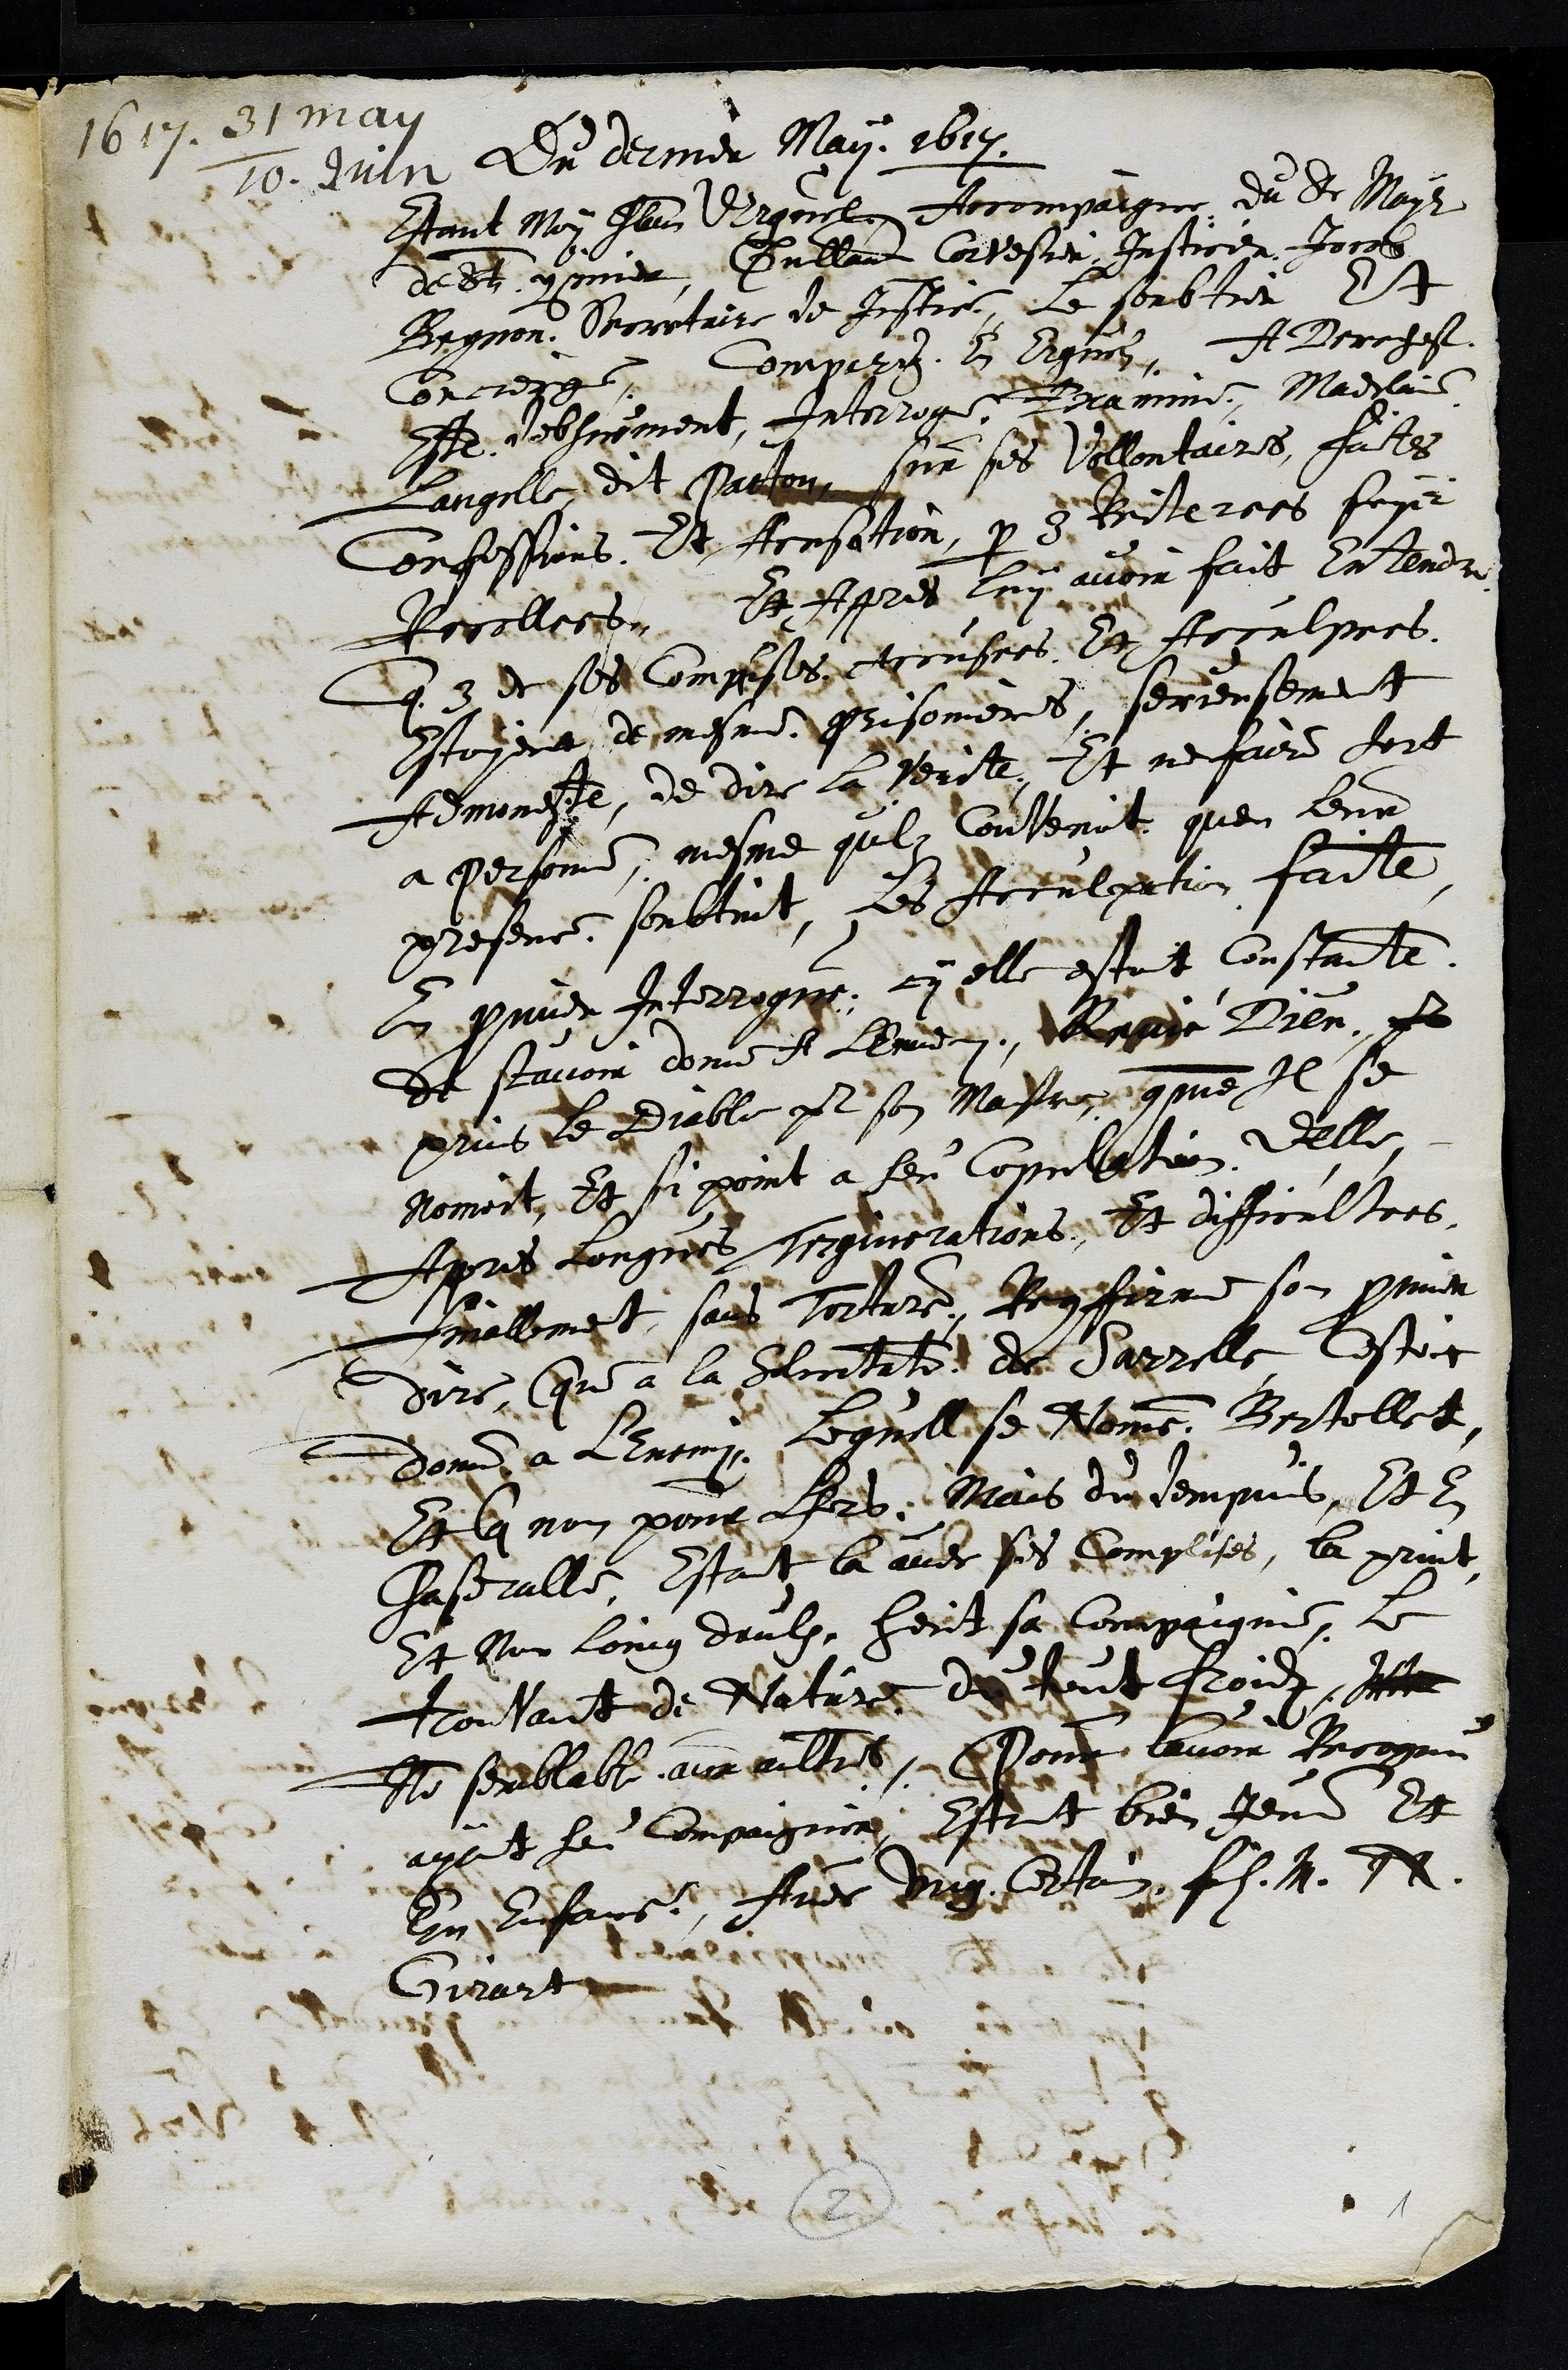
1617.. Juiln
Du dermer May 1614
Etant Moy Ilaus Vrgen Hecompargne du dr Mayr
dess commer, Dullamt Cortescer Justicer Jorss
Bagnon. Borrtaire de Jestece, le soubtier Et
Correggin, mpr. l dignl. A Brehes
B debstiement, Interroge Jramme. Maddlail
Langelle dit Pattour soir ses Villontaires fates
Confessions. Et Icnsation paur 3 Briterass foye
Roralleito, Et Apres luy avecu fait cntendu
Que 3 deses Coinpteses rinpers le Regalpres
Estoyens demesme Prisonieres, serenfeme t
femmete, de dire la verit. Et ne faire fort
a Persnne, mesme qul Contenit quen leur
presence, soubtint, les Jrralpetion faite
Epnier Interrggos, ci elle estoit Constante.
de savoir donne el Anidren, Micgede Bien.
plus le Diable parl son Masericgue Il se
homoit, et si promt à sen Coplation, delle
Apres congrees criginerations. Et difficaltoes
delleimet sais sortare, Brifirr son crmer
durs, que à la Suntatont de Varrelle lestoit
dom a lenciry, Lqllise Nommre Brtollet
Silq non pour fis. Mais du sempubeles
Chasdrallé, Estant la auec pes dmplises, la print
t lur loing daulx heut sa Compaignie, le
toilait de Natire de fout foid, i
An Preblabte auneultat, Nongiu lavoir Brcognu
ayont lei Compagien Eoit bien Jem Et
E. RA df
Girart
1